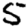
Digit: 5